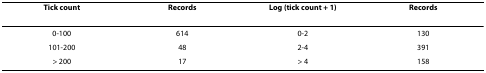
<table><thead><tr><td><b>Tick count</b></td><td><b>Records</b></td><td><b>Log (tick count + 1)</b></td><td><b>Records</b></td></tr></thead><tbody><tr><td>0-100</td><td>614</td><td>0-2</td><td>130</td></tr><tr><td>101-200</td><td>48</td><td>2-4</td><td>391</td></tr><tr><td>&gt; 200</td><td>17</td><td>&gt; 4</td><td>158</td></tr></tbody></table>